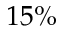
1 5 \%